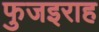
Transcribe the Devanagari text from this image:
फुजइराह